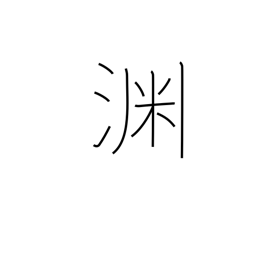
Meaning: edge